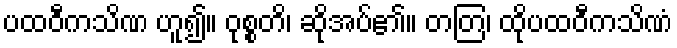
ပထဝီကသိဏ ဟူ၍။ ဝုစ္စတိ၊ ဆိုအပ်၏။ တတြ၊ ထိုပထဝီကသိဏံ